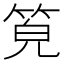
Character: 𥭨